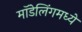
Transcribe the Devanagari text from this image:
मॉडेलिंगमध्ये